Annual report of the Bengal Veterinary College and of the Civil Veterinary Department, Bengal, for the year 1916-17 - 1916-1917
Year: 1916
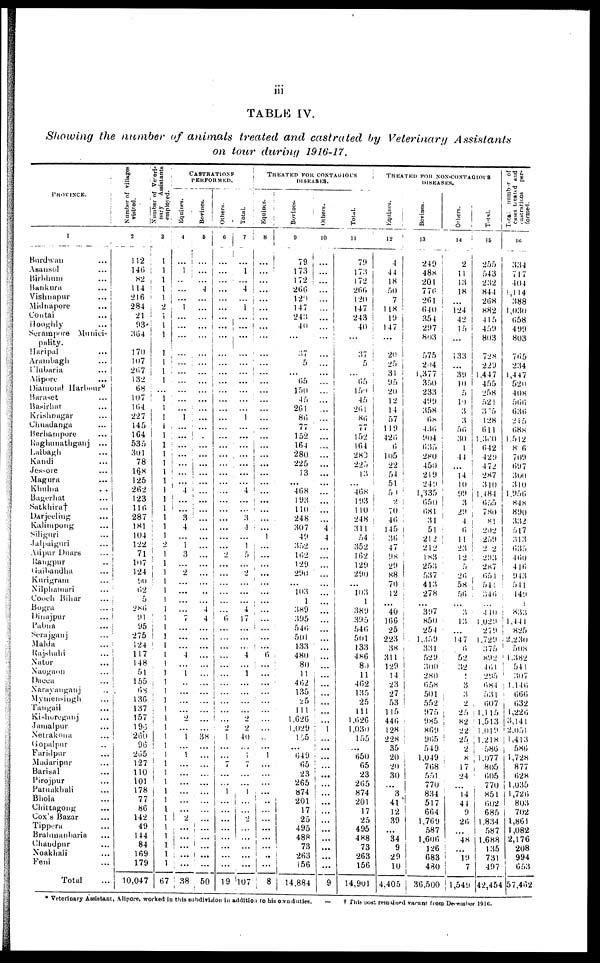
iii
TABLE IV.
Showing
the number
of animals
treated
and castrated
by Veterinary
Assistants
on tour
daring
1916-17.
PROVINCE.
1
Burdwan ...
Asansol ...
Birbhum ...
Bankura ...
Vishnapur
...
Midnapore ...
Contai ...
Hooghly ...
Serampore Munici-
pality.
Haripal ...
Arambagh ...
Clubaria ...
Alipore
...
Diamond Harbour*
Baraset ...
Basirhat ...
Krishnagar ...
Chuadanga ...
Berhampore ...
Raghunathganj ...
Lalbagh ...
Kandi ...
Jessore ...
Magura ...
Khulna ...
Bagerhat ...
Satkhira† ...
Darjeeling ...
Kalimpong ...
Siliguri ...
Jalpaiguri ...
Alipur Duars ...
Rangpur ..
Gaibandha ...
Kurigram ...
Nilphamari ...
Couch Bihar
Bogra ...
Dinajpur ...
Pabna ...
Serajganj ...
Malda ...
Rajshahi ...
Nator ...
Naogaon ...
Dacca ...
Narayanganj ..
Mymensingh ...
Tangail ...
Kishoeganj ...
Jamalpur ...
Netrakona ...
Gopalpur ..
Faridpur ...
Madaripur ...
Barisal ...
Pirojpur ...
Patuakhali ...
Bhola ...
Chittagong ...
Cox's Bazar ...
Tippera ...
Bralunanbaria ...
Chandpur ...
Noakhali ...
Feni ...
Total ...
Number of villages
visited.
2
112
146
82
114
216
284
21
93
364
170
107
267
132
68
107
164
227
145
164
535
301
78
168
125
262
123
116
287
181
104
122
71
107
124
90
62
5
286
91
95
275
124
117
148
51
155
68
136
137
157
196
260
96
265
127
110
101
178
77
86
142
49
144
84
169
179
10,047
Number of Verei-
nary Assistants
employed.
3
1
1
1
1
1
...
...
...
...
...
1
...
...
...
...
...
...
1
...
...
1
1
1
1
1
1
...
...
1
...
1
...
1
...
...
...
...
...
1
1
1
...
...
...
...
...
...
...
...
...
1
1
...
1
1
1
1
1
1
1
1
1
1
...
...
67
CASTRATIONS
PERFORMED.
Equines.
4
...
1
...
...
...
1
...
...
...
...
...
...
...
...
...
...
1
...
...
...
...
...
...
...
4
...
...
3
4
...
1
3
...
2
...
...
...
...
7
...
...
...
4
...
1
...
...
...
...
2
...
1
...
1
...
...
...
...
...
2
...
...
...
...
...
38
Bovines.
5
...
...
...
4
...
...
...
...
...
...
...
...
...
...
...
...
...
...
...
...
...
...
...
...
...
...
...
...
...
...
...
...
...
...
..
...
4
4
...
...
...
...
...
...
...
...
...
...
...
...
38
...
...
...
...
...
...
...
...
...
...
...
...
...
...
50
Others.
6
...
...
...
...
...
...
...
...
...
...
...
...
...
...
...
...
...
...
...
...
...
...
...
...
...
...
...
...
...
...
...
2
...
...
...
...
...
...
6
...
...
...
...
...
...
...
...
...
...
...
2
1
...
...
7
...
...
1
...
...
...
...
...
...
...
19
Total.
7
...
1
...
4
...
1
...
...
...
...
...
...
...
...
...
...
1
...
...
...
...
...
...
...
4
...
...
3
4
...
1
5
...
2
...
...
...
4
17
...
...
...
4
...
1
...
...
...
...
2
2
40
...
...
7
...
...
1
...
i ...
2
......
...
...
...
107
TREATED FOR CONTAGIOUS
DISEASES.
Equines.
8
...
...
...
...
...
...
...
...
...
...
...
...
...
...
...
...
...
...
...
...
...
...
...
...
...
...
...
...
...
1
...
...
...
...
...
...
...
...
...
...
...
...
6
...
...
...
...
...
...
...
...
...
...
1
...
...
...
...
..
...
...
...
...
...
..
...
Bovines.
a
79
173
172
266
120
147
243
40
...
37
5
...
65
150
45
261
86
77
152
164
280
225
13
...
468
193
110
248
307
49
352
162
129
290
...
103
1
389
395
546
501
133
480
80
11
462
135
25
111
1,626
1,029
155
...
649
65
23
265
874
201
17
25
495
488
73
263
156
14,884
Others.
10
...
...
...
...
...
...
...
...
...
...
...
...
...
...
...
...
...
...
...
...
...
...
...
...
...
...
...
...
4
4
...
...
...
...
...
...
...
...
...
...
...
...
...
...
...
...
...
...
...
...
1
...
...
...
...
...
...
...
...
...
...
...
...
...
...
...
9
Total.
11
79
173
172
266
120
147
243
40
...
37
5
...
65
150
45
261
86
77
152
164
280
225
13
...
468
193
110
248
311
54
352
162
129
290
...
103
1
389
395
546
501
133
486
80
11
462
135
25
111
1,626
1,030
155
...
650
65
23
265
874
201
17
25
495
488
73
263
156
14,901
TREATED FOR NON-CONTAGIOUS
DISEASES.
Equines.
12
4
44
18
50
7
118
19
147
...
20
25
31
95
20
12
14
57
119
426
6
105
22
54
51
50
2
70
46
145
36
47
98
29
88
70
12
...
40
166
25
223
38
311
129
14
23
27
53
115
446
128
228
35
20
20
30
...
3
41
12
39
...
34
9
29
10
4,405
Bovines.
13
249
48s
201
776
261
640
354
297
803
575
204
1,377
350
233
499
358
68
436
904
635
280
450
219
249
1,335
650
681
31
51
212
212
183
253
537
413
278
...
397
850
254
1,359
331
529
300
280
658
501
552
975
985
869
965
549
1,049
768
551
770
834
517
664
1,769
587
1,606
126
683
480
36,500
Others.
14
2
11
13
18
...
124
42
15
...
133
...
39
10
5
10
3
3
56
30
1 |
44
...
14
10
99
3
29
4
6
11
23
12
5
26
58
56
...
3
13
...
147
6
52
32
3
3
2
25
82
22
25
2
8
17
24
14
44
9
26
...
48
...
19
7
1,549
Total.
15
255
543
232
844
268
882
415
459
803
728
229
1,447
455
258
521
375
128
611
1,300
642
429
472
287
310
1,184
655
780
81
202
259
2 2
293
287
651
541
346
...
440
1,029
279
1,729
375
892
4 01
295
684
531
607
1,115
1,513
1,019
1,218
586
1,077
805
605
770
851
602
685
1,834
587
1,688
135
731
497
42,454
Total number of
cases treated and
castrations per-
formed.
16
334
717
404
1,114
388
1,030
658
499
803
765
234
1,447
520
408
566
636
215
688
1,512
806
709
697
300
310
1,56
848
890
332
517
313
635
460
416
943
544
449
1
833
1,441
825
2,230
508
1,382
541
307
1,140
666
632
1,226
3,141
2,051
1,413
586
1,728
877
628
1,035
1,726
803
702
1,861
1,082
2,176
208
994
653
57,482
* Veterinary Assistant, Alipore, worked in this subdivision in addition to his own duties.
† This post remained vacant from December 1916.